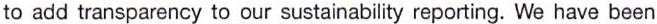
to add transparency to our sustainability reporting. We have been